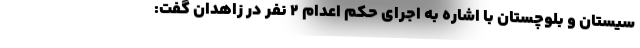
سیستان و بلوچستان با اشاره به اجرای حکم اعدام ۲ نفر در زاهدان گفت: